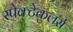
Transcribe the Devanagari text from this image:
स्पेक्टेकुलर्स